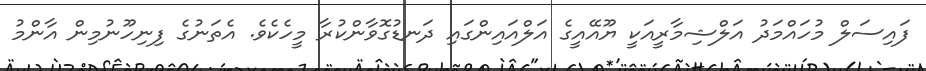
ފައިސަލް މުހައްމަދު އަލްޝިމާރީއަކީ ޔޫއޭއީގެ އަލްއައިންގައި ދަނޑުގޮވާންކުރާ މީހެކެވެ. އެތަނުގެ ފިނިހޫނުމިން އާންމު